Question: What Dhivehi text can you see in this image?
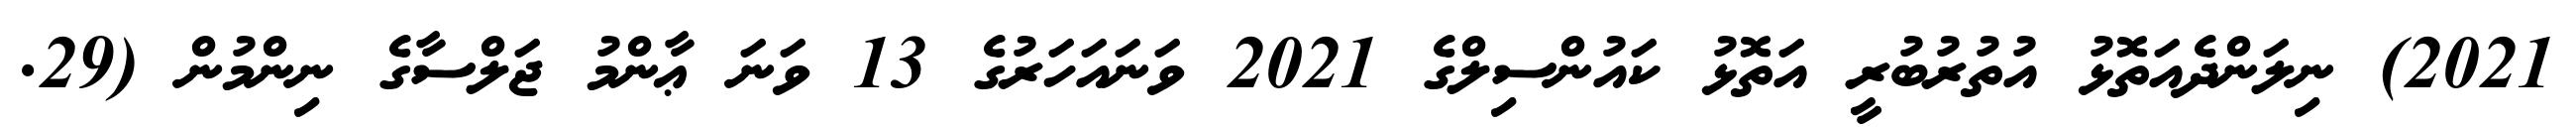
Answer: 2021) ނިލަންދެއަތޮޅު އުތުރުބުރީ އަތޮޅު ކައުންސިލްގެ 2021 ވަނައަހަރުގެ 13 ވަނަ ޢާންމު ޖަލްސާގެ ނިންމުން (29.